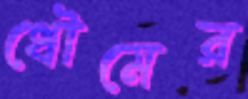
ধৌমের